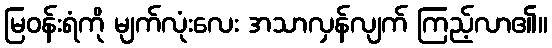
မြဝန်းရံကို မျက်လုံးလေး အသာလှန်လျက် ကြည့်လာ၏။